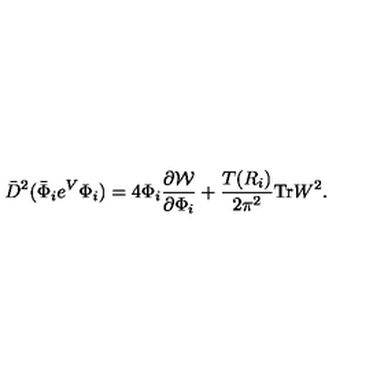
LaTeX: \bar { D } ^ { 2 } ( \bar { \Phi } _ { i } e ^ { V } { \Phi } _ { i } ) = 4 { \Phi } _ { i } \frac { \partial { \cal W } } { \partial { \Phi } _ { i } } + \frac { T ( R _ { i } ) } { 2 \pi ^ { 2 } } \mathrm { T r } W ^ { 2 } .